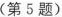
（第五题）